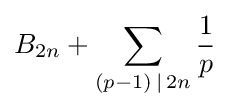
B_{2n}+\sum _{(p-1)\,\mid \,2n}{\frac {1}{p}}